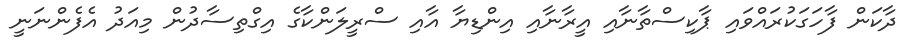
ދާކަން ފާހަގަކުރައްވައި ޕާކިސްތާނާއި އީރާނާއި އިންޑިޔާ އާއި ސްރީލަންކާގެ އިގްތިސާދުން މިއަދު އެފެންނަނީ